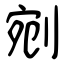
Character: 剜